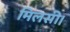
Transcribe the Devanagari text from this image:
मिलसी।